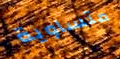
متساوية